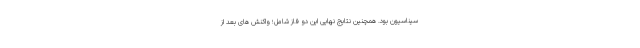
سیناسیون بود. همچنین نتایج نهایی این دو فاز شامل؛ واکنش های بعد از